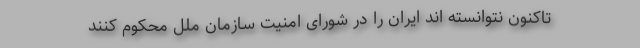
تاکنون نتوانسته اند ایران را در شورای امنیت سازمان ملل محکوم کنند